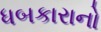
ધબકારાનો